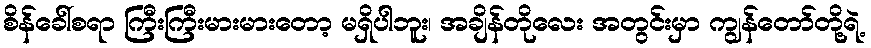
စိန်ခေါ်စရာ ကြီးကြီးမားမားတော့ မရှိပါဘူး၊ အချိန်တိုလေး အတွင်းမှာ ကျွန်တော်တို့ရဲ့